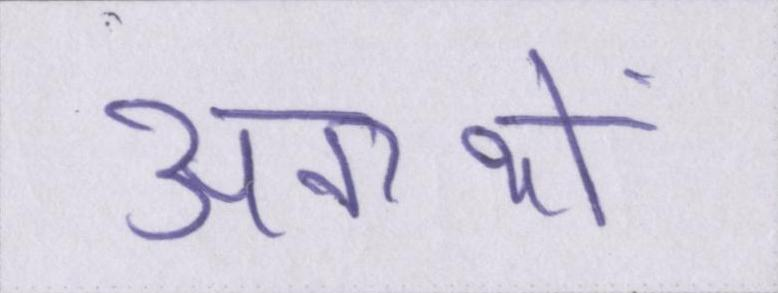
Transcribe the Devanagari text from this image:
अनाथों